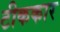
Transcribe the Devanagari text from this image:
टीककार